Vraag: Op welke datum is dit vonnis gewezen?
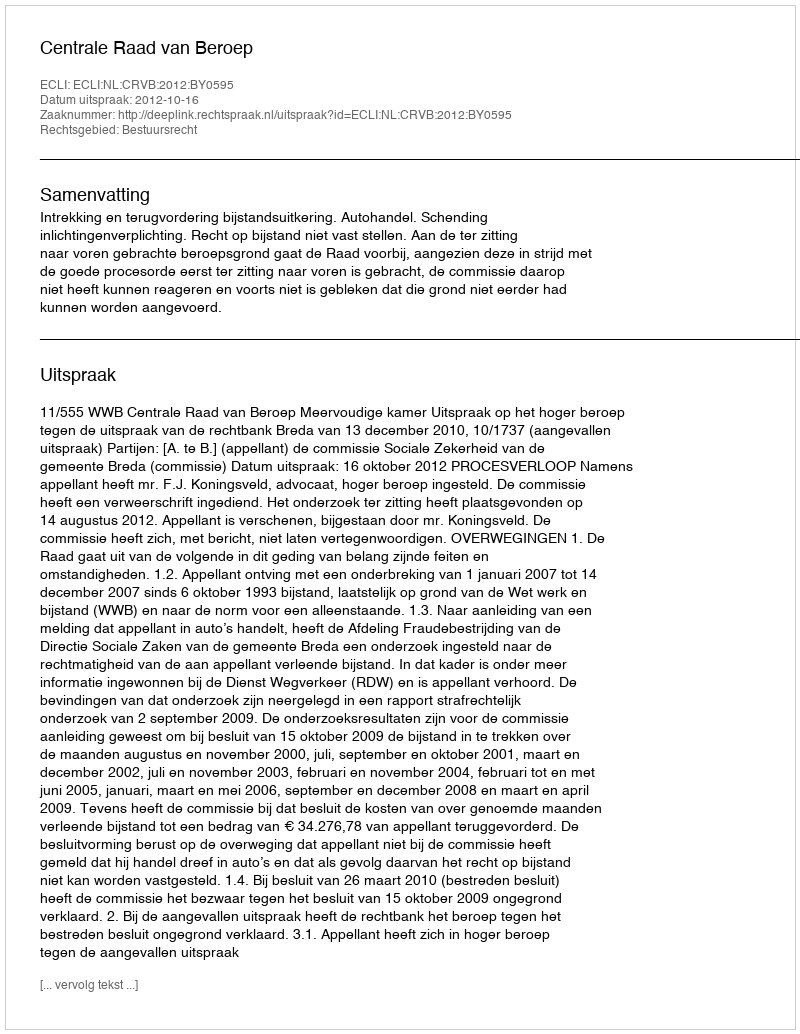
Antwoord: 2012-10-16